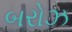
બરોઝ